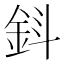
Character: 𨥪